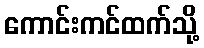
ကောင်းကင်ထက်သို့